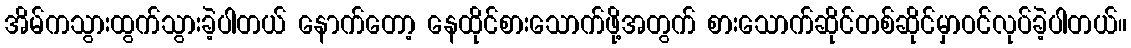
အိမ်ကသွားထွက်သွားခဲ့ပါတယ် နောက်တော့ နေထိုင်စားသောက်ဖို့အတွက် စားသောက်ဆိုင်တစ်ဆိုင်မှာဝင်လုပ်ခဲ့ပါတယ်။